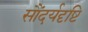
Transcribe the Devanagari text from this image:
सौंदर्यदृष्टि